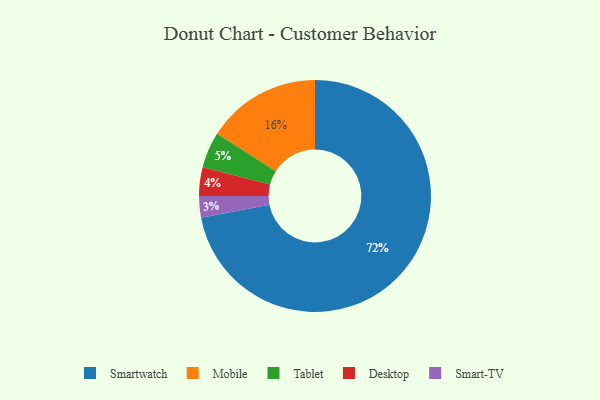
{"axis": {"x": "Category", "y": "Percentage"}, "legend": ["Desktop", "Mobile", "Smart-TV", "Smartwatch", "Tablet"], "data": [{"x": "Smart-TV", "y": 3, "type": "Smart-TV"}, {"x": "Mobile", "y": 16, "type": "Mobile"}, {"x": "Desktop", "y": 4, "type": "Desktop"}, {"x": "Tablet", "y": 5, "type": "Tablet"}, {"x": "Smartwatch", "y": 72, "type": "Smartwatch"}]}